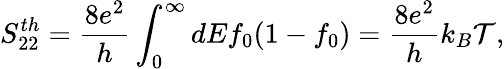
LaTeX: {S_{22}^{th}=\frac{8e^{2}}{h}\int_{0}^{\infty}dEf_{0}(1-f_{0})=\frac{8e^{2}}{h}k_{B}\mathcal{T},}